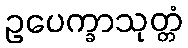
ဥပေက္ခာသုတ္တံ